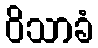
ဝိသာခံ